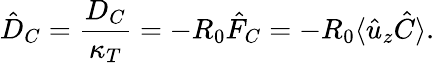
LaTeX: \hat{D}_{C}=\frac{D_{C}}{\kappa_{T}}=-R_{0}\hat{F}_{C}=-R_{0}\langle\hat{u}_{z}\hat{C}\rangle.